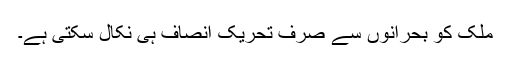
ملک کو بحرانوں سے صرف تحریک انصاف ہی نکال سکتی ہے۔